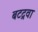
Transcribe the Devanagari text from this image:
बटद्रवा